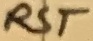
Text: RST